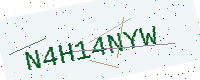
Text: N4H14NYW